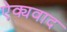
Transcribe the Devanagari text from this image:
ऐक्यवाद